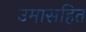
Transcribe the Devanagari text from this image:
उमासहित